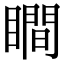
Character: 瞷